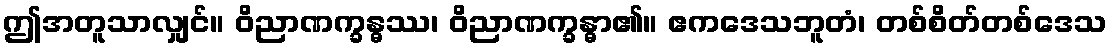
ဤအတူသာလျှင်။ ဝိညာဏက္ခန္ဓဿ၊ ဝိညာဏက္ခန္ဓာ၏။ ဧကဒေသဘူတံ၊ တစ်စိတ်တစ်ဒေသ